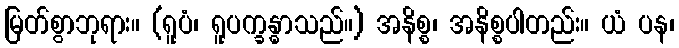
မြတ်စွာဘုရား။ (ရူပံ၊ ရူပက္ခန္ဓာသည်။) အနိစ္စ၊ အနိစ္စပါတည်း။ ယံ ပန၊